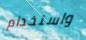
واستخدام